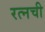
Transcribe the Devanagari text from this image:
रत्‍नची